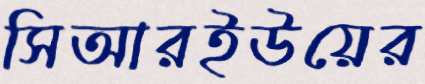
সিআরইউয়ের